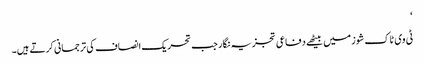
‘
ٹی وی ٹاک شوز میں بیٹھے دفاعی تجزیہ نگار جب تحریک انصاف کی ترجمانی کرتے ہیں۔